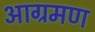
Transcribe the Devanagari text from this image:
आग्रमण